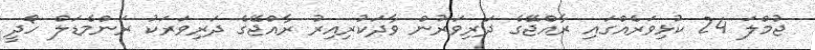
ޖުމްލަ 24 ކުޅިވަރެއްގައި ރާއްޖޭގެ ދަރިވަރުން ވާދަކުރިއިރު ރާއްޖޭގެ ދަރިވަރަކު ރަންމެޑަލް ހޯދީ